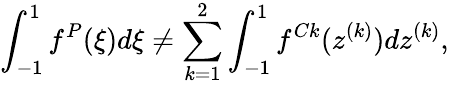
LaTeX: \int_{-1}^{1}f^{P}(\xi)d\xi\neq\sum_{k=1}^{2}\int_{-1}^{1}f^{Ck}(z^{(k)})dz^{(k)},